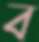
ব